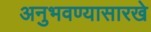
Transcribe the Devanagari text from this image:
अनुभवण्यासारखे